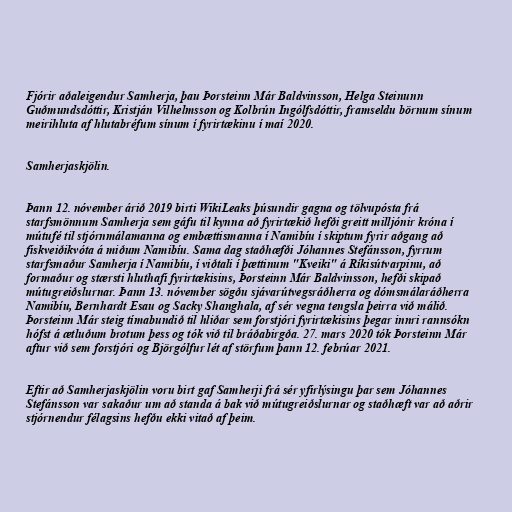
Fjórir aðaleigendur Samherja, þau Þorsteinn Már Baldvinsson, Helga Steinunn
Guðmundsdóttir, Kristján Vilhelmsson og Kolbrún Ingólfsdóttir, framseldu börnum sínum
meirihluta af hlutabréfum sínum í fyrirtækinu í maí 2020.

Samherjaskjölin.

Þann 12. nóvember árið 2019 birti WikiLeaks þúsundir gagna og tölvupósta frá
starfsmönnum Samherja sem gáfu til kynna að fyrirtækið hefði greitt milljónir króna í
mútufé til stjórnmálamanna og embættismanna í Namibíu í skiptum fyrir aðgang að
fiskveiðikvóta á miðum Namibíu. Sama dag staðhæfði Jóhannes Stefánsson, fyrrum
starfsmaður Samherja í Namibíu, í viðtali í þættinum "Kveiki" á Ríkisútvarpinu, að
formaður og stærsti hluthafi fyrirtækisins, Þorsteinn Már Baldvinsson, hefði skipað
mútugreiðslurnar. Þann 13. nóvember sögðu sjávarútvegsráðherra og dómsmálaráðherra
Namibíu, Bernhardt Esau og Sacky Shanghala, af sér vegna tengsla þeirra við málið.
Þorsteinn Már steig tímabundið til hliðar sem forstjóri fyrirtækisins þegar innri rannsókn
hófst á ætluðum brotum þess og tók við til bráðabirgða. 27. mars 2020 tók Þorsteinn Már
aftur við sem forstjóri og Björgólfur lét af störfum þann 12. febrúar 2021.

Eftir að Samherjaskjölin voru birt gaf Samherji frá sér yfirlýsingu þar sem Jóhannes
Stefánsson var sakaður um að standa á bak við mútugreiðslurnar og staðhæft var að aðrir
stjórnendur félagsins hefðu ekki vitað af þeim.